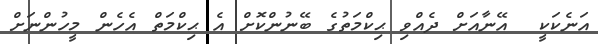
އަނެކަކީ  އޭނާއަށް ދެއްވި ޙިކްމަތުގެ ބޭނުންކޮށް އެ ޙިކްމަތް އެހެން މީހުންނަށް